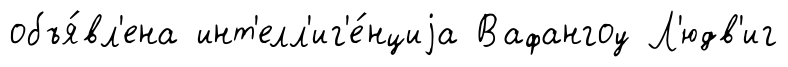
объя́вл'ена инт'елл'иг'е́нциjа Вафангоу Л'юдв'иг